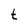
Character: t